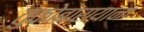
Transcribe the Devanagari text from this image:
तुकोबारायाना